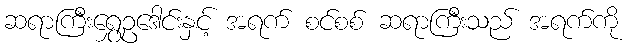
ဆရာကြီးရွှေဥဒေါင်းနှင့် အရက် စင်စစ် ဆရာကြီးသည် အရက်ကို